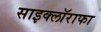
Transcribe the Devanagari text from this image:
साइक्लॉराफा